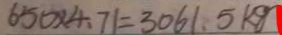
6 5 0 \times 4 . 7 1 = 3 0 6 1 . 5 k g